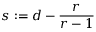
s : = d - \frac { r } { r - 1 }